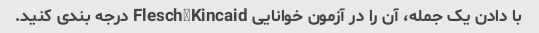
با دادن یک جمله، آن را در آزمون خوانایی Flesch–Kincaid درجه بندی کنید.